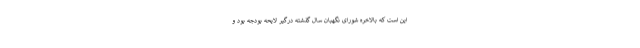
این است که بالاخره شورای نگهبان سال گذشته درگیر لایحه بودجه بود و